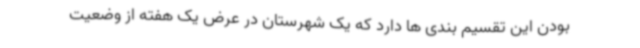
بودن این تقسیم بندی ها دارد که یک شهرستان در عرض یک هفته از وضعیت